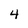
Character: 4